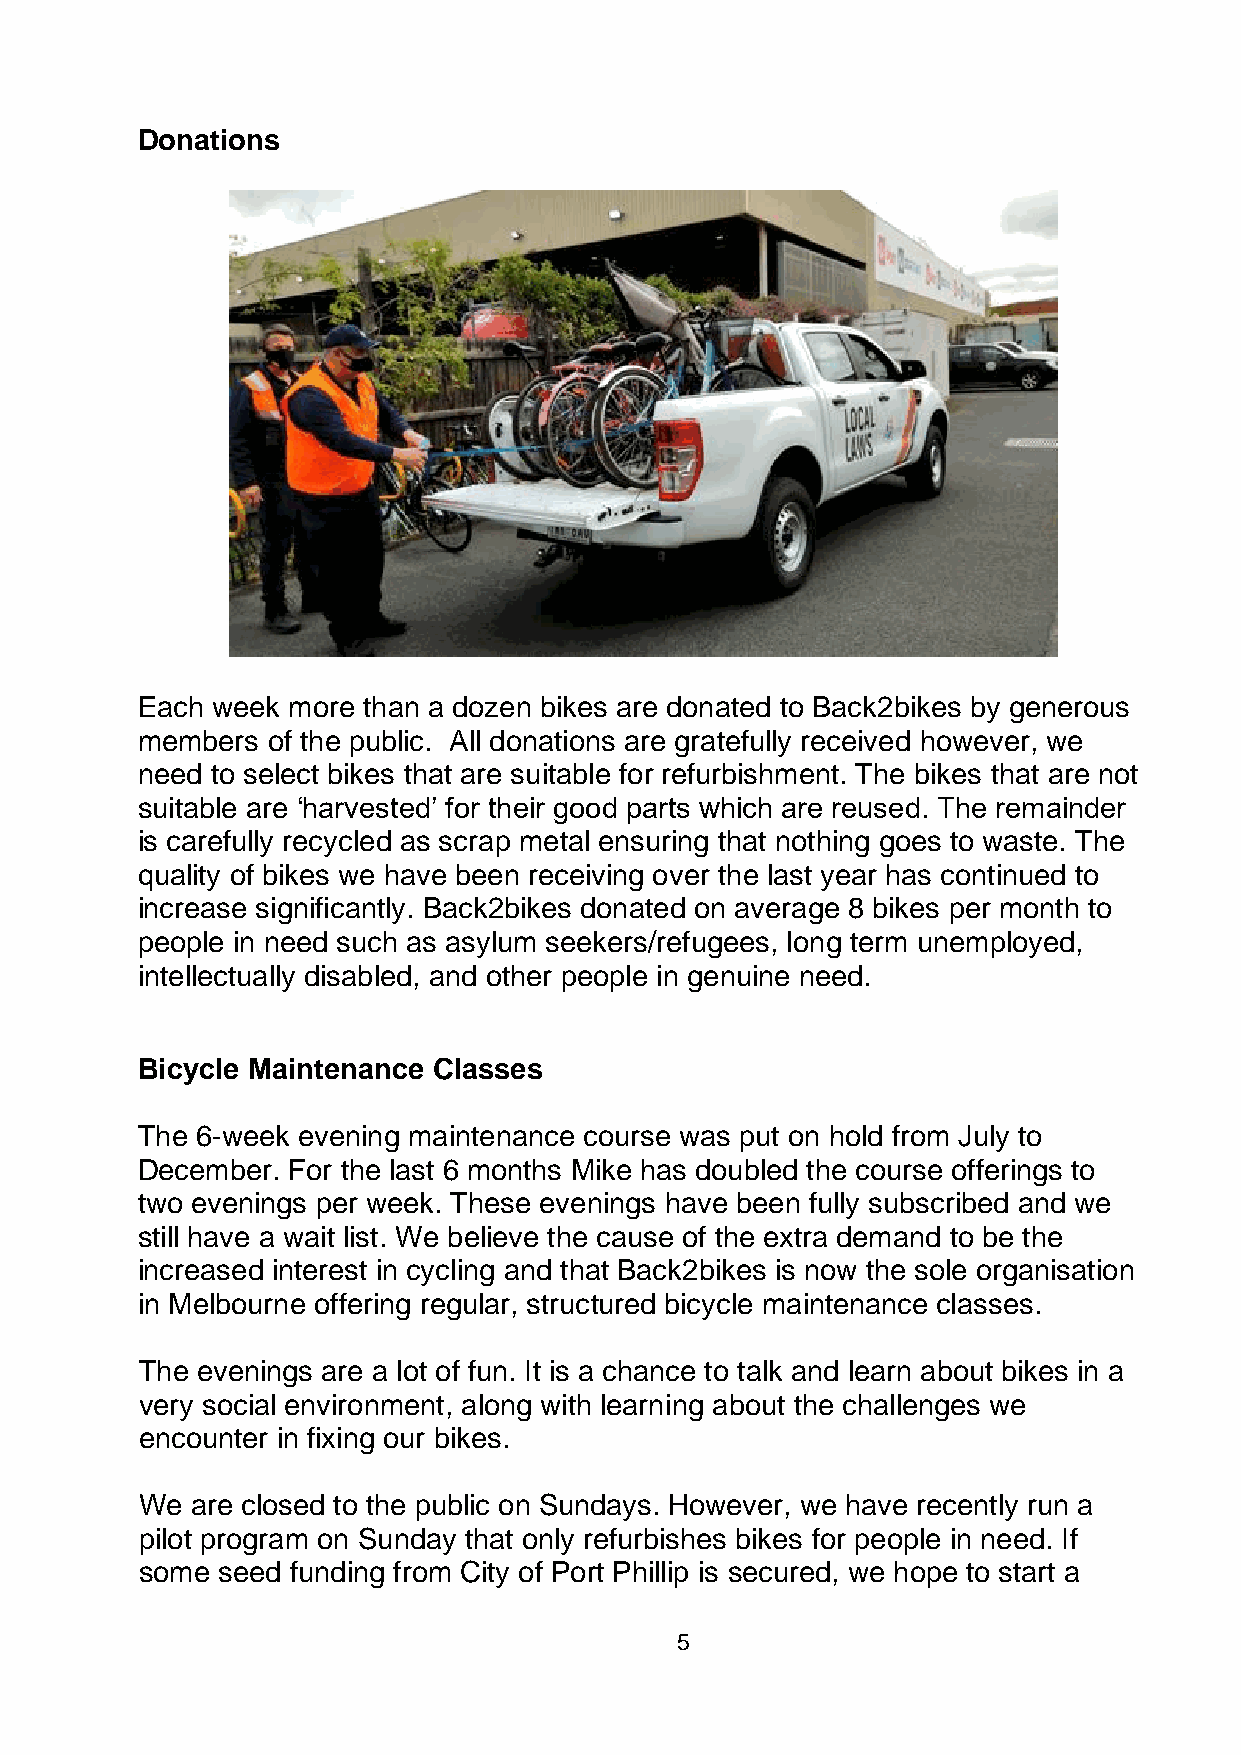
Donations
 Each week more than a dozen bikes are donated to Back2bikes by generous
 members  of the public. All donations are gratefully received however, we
 need to select bikes that are suitable for refurbishment. The bikes that are not
 suitable are ‘harvested’ for their good parts which are reused. The remainder
 is carefully recycled as scrap metal ensuring that nothing goes to waste. The
 quality of bikes we have been receiving over the last year has continued to
 increase significantly. Back2bikes donated on average 8 bikes per month to
 people in need such as asylum seekers/refugees, long term unemployed,
 intellectually disabled, and other people in genuine need.
 Bicycle Maintenance Classes
 The 6-week evening maintenance course was put on hold from July to
 December. For the last 6 months Mike has doubled the course offerings to
 two evenings per week. These evenings have been fully subscribed and we
 still have a wait list. We believe the cause of the extra demand to be the
 increased interest in cycling and that Back2bikes is now the sole organisation
 in Melbourne offering regular, structured bicycle maintenance classes.
 The evenings are a lot of fun. It is a chance to talk and learn about bikes in a
 very social environment, along with learning about the challenges we
 encounter in fixing our bikes.
 We  are closed to the public on Sundays. However, we have recently run a
 pilot program on Sunday that only refurbishes bikes for people in need. If
 some seed funding from City of Port Phillip is secured, we hope to start a
 5